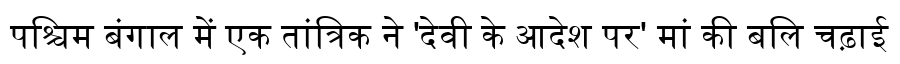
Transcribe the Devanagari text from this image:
पश्चिम बंगाल में एक तांत्रिक ने 'देवी के आदेश पर' मां की बलि चढ़ाई